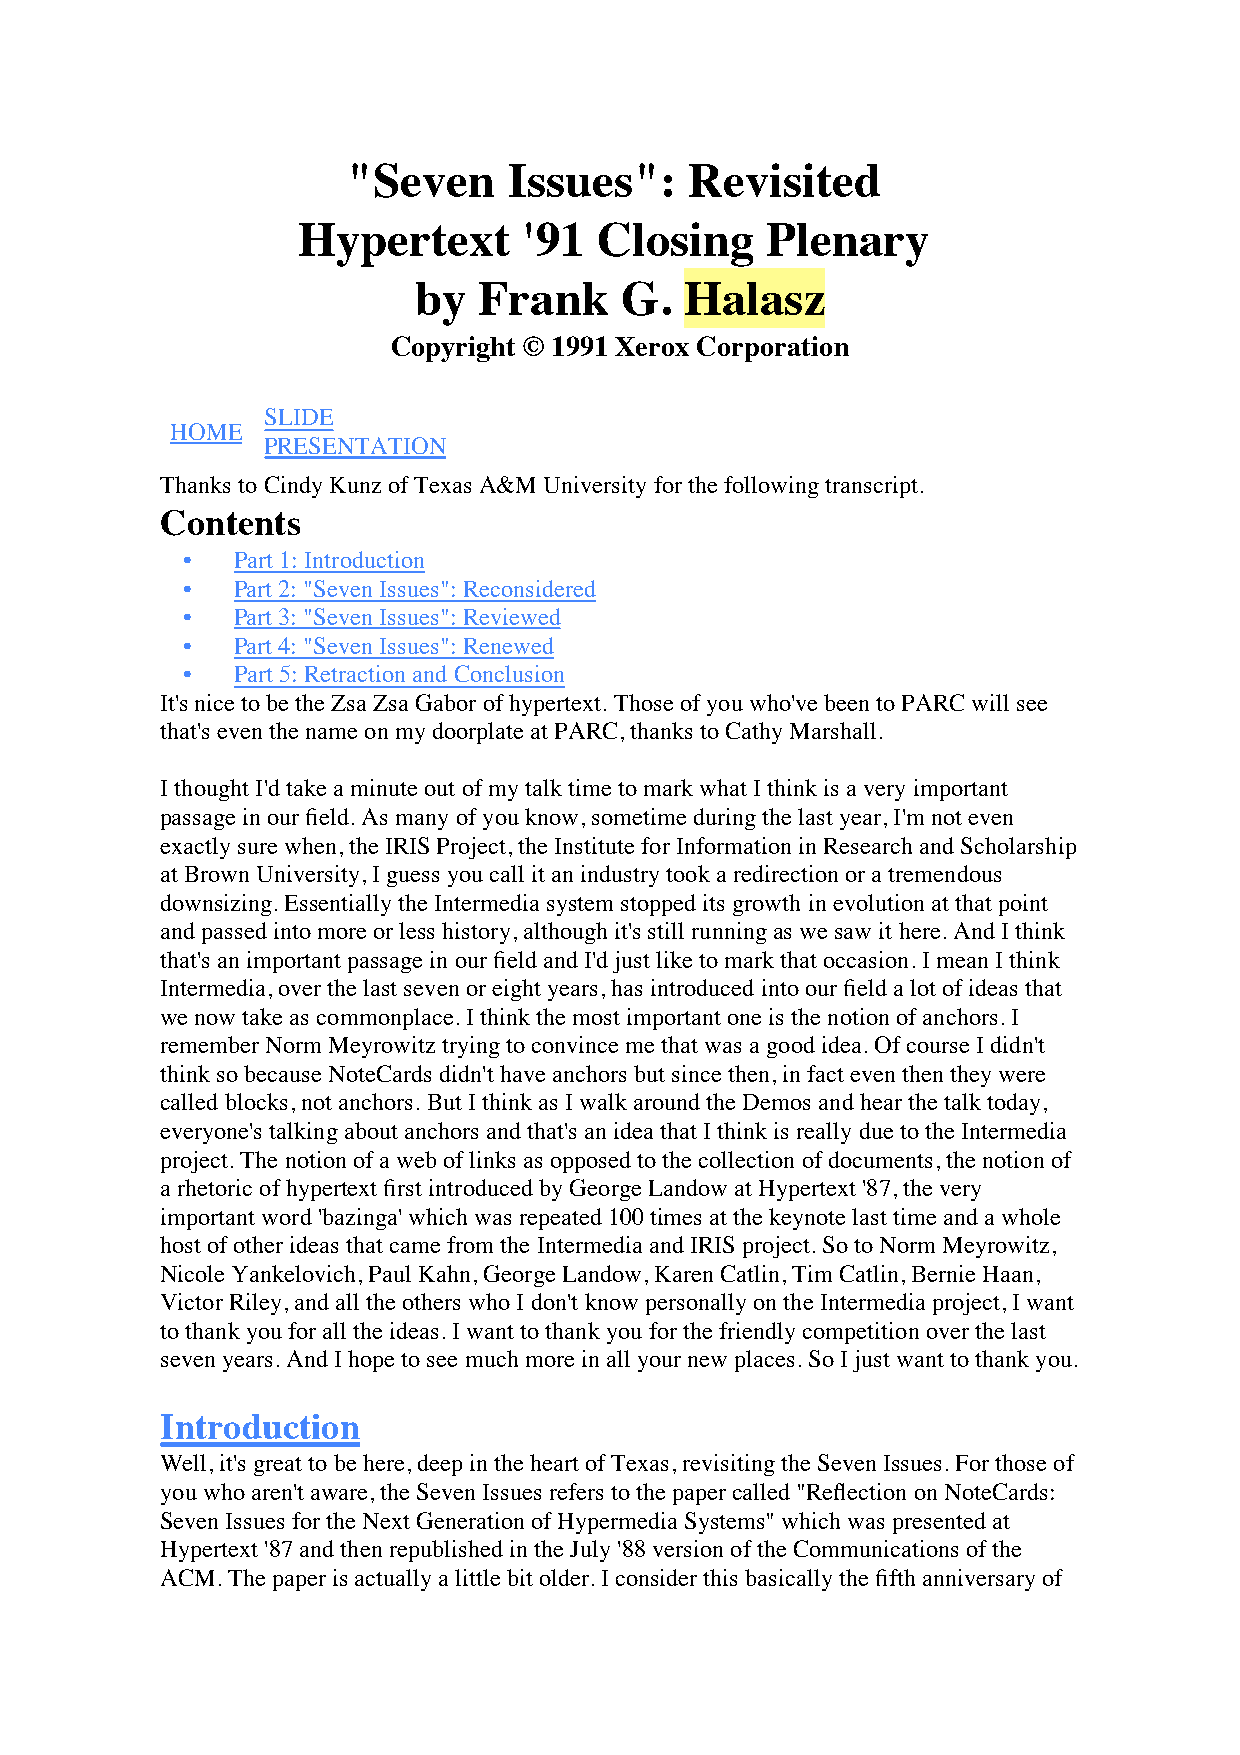
"Seven     Issues":    Revisited
 Hypertext      '91  Closing    Plenary
 by   Frank    G.  Halasz
 Copyright © 1991 Xerox Corporation
 SLIDE
 HOME
 PRESENTATION
 Thanks to Cindy Kunz of Texas A&M University for the following transcript.
 Contents
 •  Part 1: Introduction
 •  Part 2: "Seven Issues": Reconsidered
 •  Part 3: "Seven Issues": Reviewed
 •  Part 4: "Seven Issues": Renewed
 •  Part 5: Retraction and Conclusion
 It's nice to be the Zsa Zsa Gabor of hypertext. Those of you who've been to PARC will see
 that's even the name on my doorplate at PARC, thanks to Cathy Marshall.
 I thought I'd take a minute out of my talk time to mark what I think is a very important
 passage in our field. As many of you know, sometime during the last year, I'm not even
 exactly sure when, the IRIS Project, the Institute for Information in Research and Scholarship
 at Brown University, I guess you call it an industry took a redirection or a tremendous
 downsizing. Essentially the Intermedia system stopped its growth in evolution at that point
 and passed into more or less history, although it's still running as we saw it here. And I think
 that's an important passage in our field and I'd just like to mark that occasion. I mean I think
 Intermedia, over the last seven or eight years, has introduced into our field a lot of ideas that
 we now take as commonplace. I think the most important one is the notion of anchors. I
 remember Norm Meyrowitz trying to convince me that was a good idea. Of course I didn't
 think so because NoteCards didn't have anchors but since then, in fact even then they were
 called blocks, not anchors. But I think as I walk around the Demos and hear the talk today,
 everyone's talking about anchors and that's an idea that I think is really due to the Intermedia
 project. The notion of a web of links as opposed to the collection of documents, the notion of
 a rhetoric of hypertext first introduced by George Landow at Hypertext '87, the very
 important word 'bazinga' which was repeated 100 times at the keynote last time and a whole
 host of other ideas that came from the Intermedia and IRIS project. So to Norm Meyrowitz,
 Nicole Yankelovich, Paul Kahn, George Landow, Karen Catlin, Tim Catlin, Bernie Haan,
 Victor Riley, and all the others who I don't know personally on the Intermedia project, I want
 to thank you for all the ideas. I want to thank you for the friendly competition over the last
 seven years. And I hope to see much more in all your new places. So I just want to thank you.
 Introduction
 Well, it's great to be here, deep in the heart of Texas, revisiting the Seven Issues. For those of
 you who aren't aware, the Seven Issues refers to the paper called "Reflection on NoteCards:
 Seven Issues for the Next Generation of Hypermedia Systems" which was presented at
 Hypertext '87 and then republished in the July '88 version of the Communications of the
 ACM. The paper is actually a little bit older. I consider this basically the fifth anniversary of